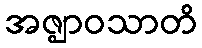
အဇ္ဈာဝသာတိ